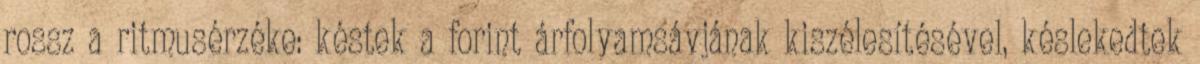
rossz a ritmusérzéke: késtek a forint árfolyamsávjának kiszélesítésével, késlekedtek